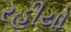
રહીયો